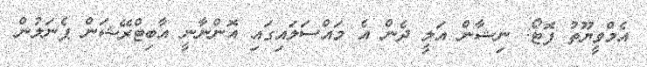
އެމްވީޔޫތު ފޮޓޯ: ނިޝާން އަލީ ދެން އެ މައްސަލައިގައި އޮންނާނީ އާބިޓްރޭޝަން ޕެނަލުން